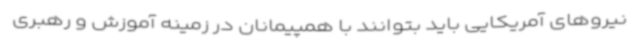
نیروهای آمریکایی باید بتوانند با همپیمانان در زمینه آموزش و رهبری